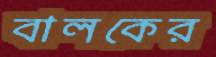
বালকের